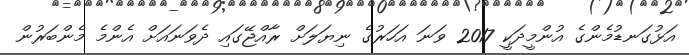
އަޅުގަނޑުމެންގެ އުންމީދަކީ 2017 ވަނަ އަހަރުގެ ނިޔަލަށް ރާއްޖޭގައި ދެވަނައަށް އެންމެ މެންބަރުން